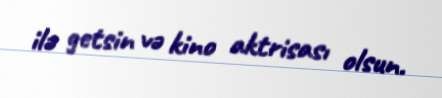
ilə getsin və kino aktrisası olsun.